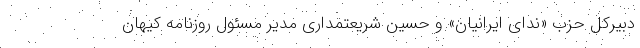
دبیرکل حزب «ندای ایرانیان» و حسین شریعتمداری مدیر مسئول روزنامه کیهان